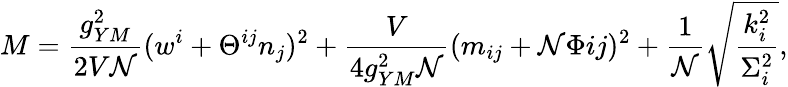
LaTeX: M=\frac{g_{YM}^{2}}{2V{\cal N}}(w^{i}+\Theta^{ij}n_{j})^{2}+\frac{V}{4g_{YM}^{2}{\cal N}}(m_{ij}+{\cal N}\Phi{ij})^{2}+\frac{1}{\cal N}\sqrt{\frac{k_{i}^{2}}{\Sigma_{i}^{2}}},